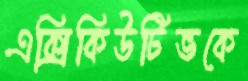
এক্সিকিউটিভকে